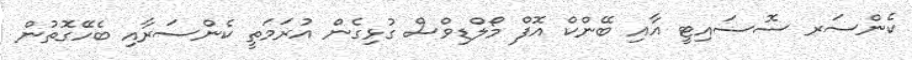
ކެންސަރ ސޮސައިޓީ އާއި ބޭންކް އޮފް މޯލްޑިވްސް ގުޅިގެން އުރަމަތީ ކެންސަރާއި ބެހޭގޮތުން